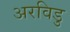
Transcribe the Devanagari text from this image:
अरविडु